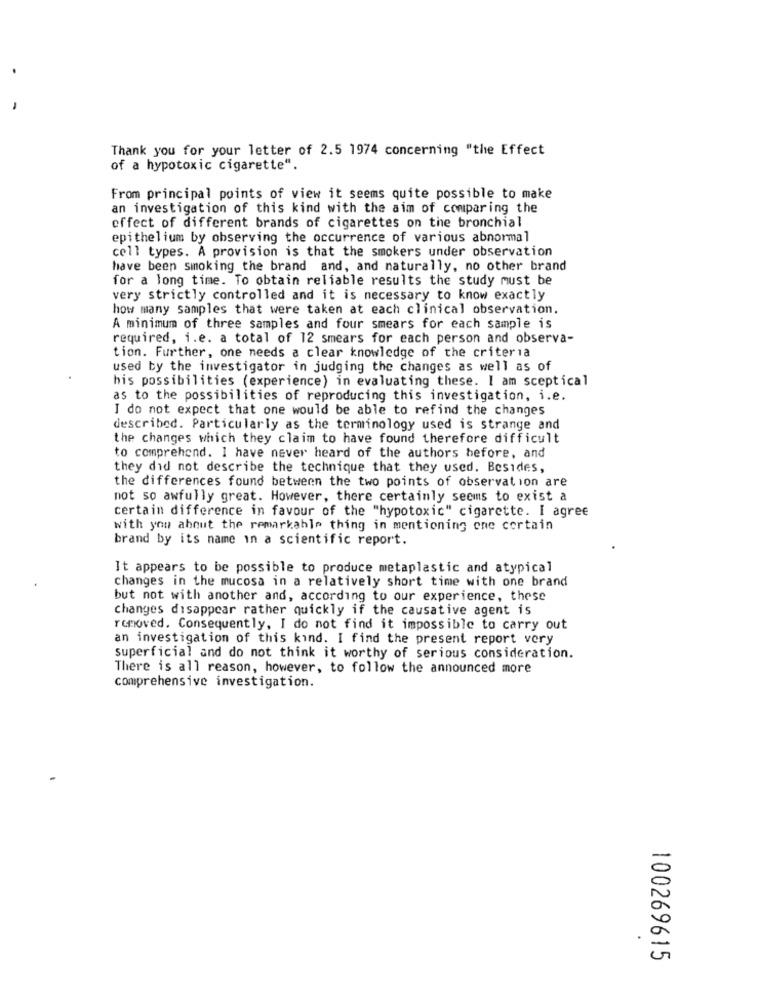
Thank you for your letter of 2.5 1974 concerning "the Effect
of a hypotoxic cigarette".
From principal points of view it seems quite possible to make
an investigation of this kind with the aim of comparing the
effect of different brands of cigarettes on the bronchial
epithelium by observing the occurrence of various abnormal
cell types. A provision is that the smokers under observation
have been smoking the brand and, and naturally, no other brand
for a long time. To obtain reliable results the study must be
very strictly controlled and it is necessary to know exactly
how many samples that were taken at each clinical observation.
A minimum of three samples and four smears for each sample is
required, i.e. a total of 12 smears for each person and observa-
tion. Further, one needs a clear knowledge of the criteria
used by the investigator in judging the changes as well as of
his possibilities (experience) in evaluating these. I am sceptical
as to the possibilities of reproducing this investigation, i.e.
I do not expect that one would be able to refind the changes
described. Particularly as the terminology used is strange and
the changes which they claim to have found therefore difficult
to comprehend. I have never heard of the authors before, and
they did not describe the technique that they used. Besides,
the differences found between the two points of observation are
not so awfully great. However, there certainly seems to exist a
certain difference in favour of the "hypotoxic" cigarette. I agree
with you about the remarkable thing in mentioning one certain
brand by its name in a scientific report.
It appears to be possible to produce metaplastic and atypical
changes in the mucosa in a relatively short time with one brand
but not with another and, according to our experience, these
changes disappear rather quickly if the causative agent is
removed. Consequently, I do not find it impossible to carry out
an investigation of this kind. I find the present report very
superficial and do not think it worthy of serious consideration.
There is all reason, however, to follow the announced more
comprehensive investigation.
100269615